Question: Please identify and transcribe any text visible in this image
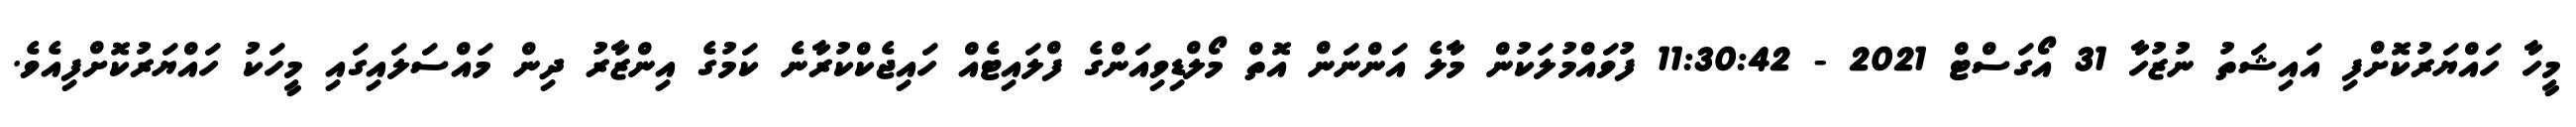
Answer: މީހާ ހައްޔަރުކޮށްފި އައިޝަތު ނުޒުހާ 31 އޯގަސްޓް 2021 - 11:30:42 ފުވައްމުލަކުން މާލެ އަންނަން އޮތް މޯލްޑިވިއަންގެ ފްލައިޓެއް ހައިޖެކްކުރާނެ ކަމުގެ އިންޒާރު ދިން މައްސަލައިގައި މީހަކު ހައްޔަރުކޮށްފިއެވެ.